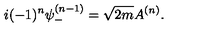
i ( - 1 ) ^ { n } \psi _ { - } ^ { ( n - 1 ) } = \sqrt { 2 m } A ^ { ( n ) } .